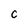
Character: c